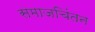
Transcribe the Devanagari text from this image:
समाजचिंतन